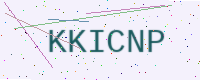
Text: KKICNP